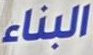
البناء